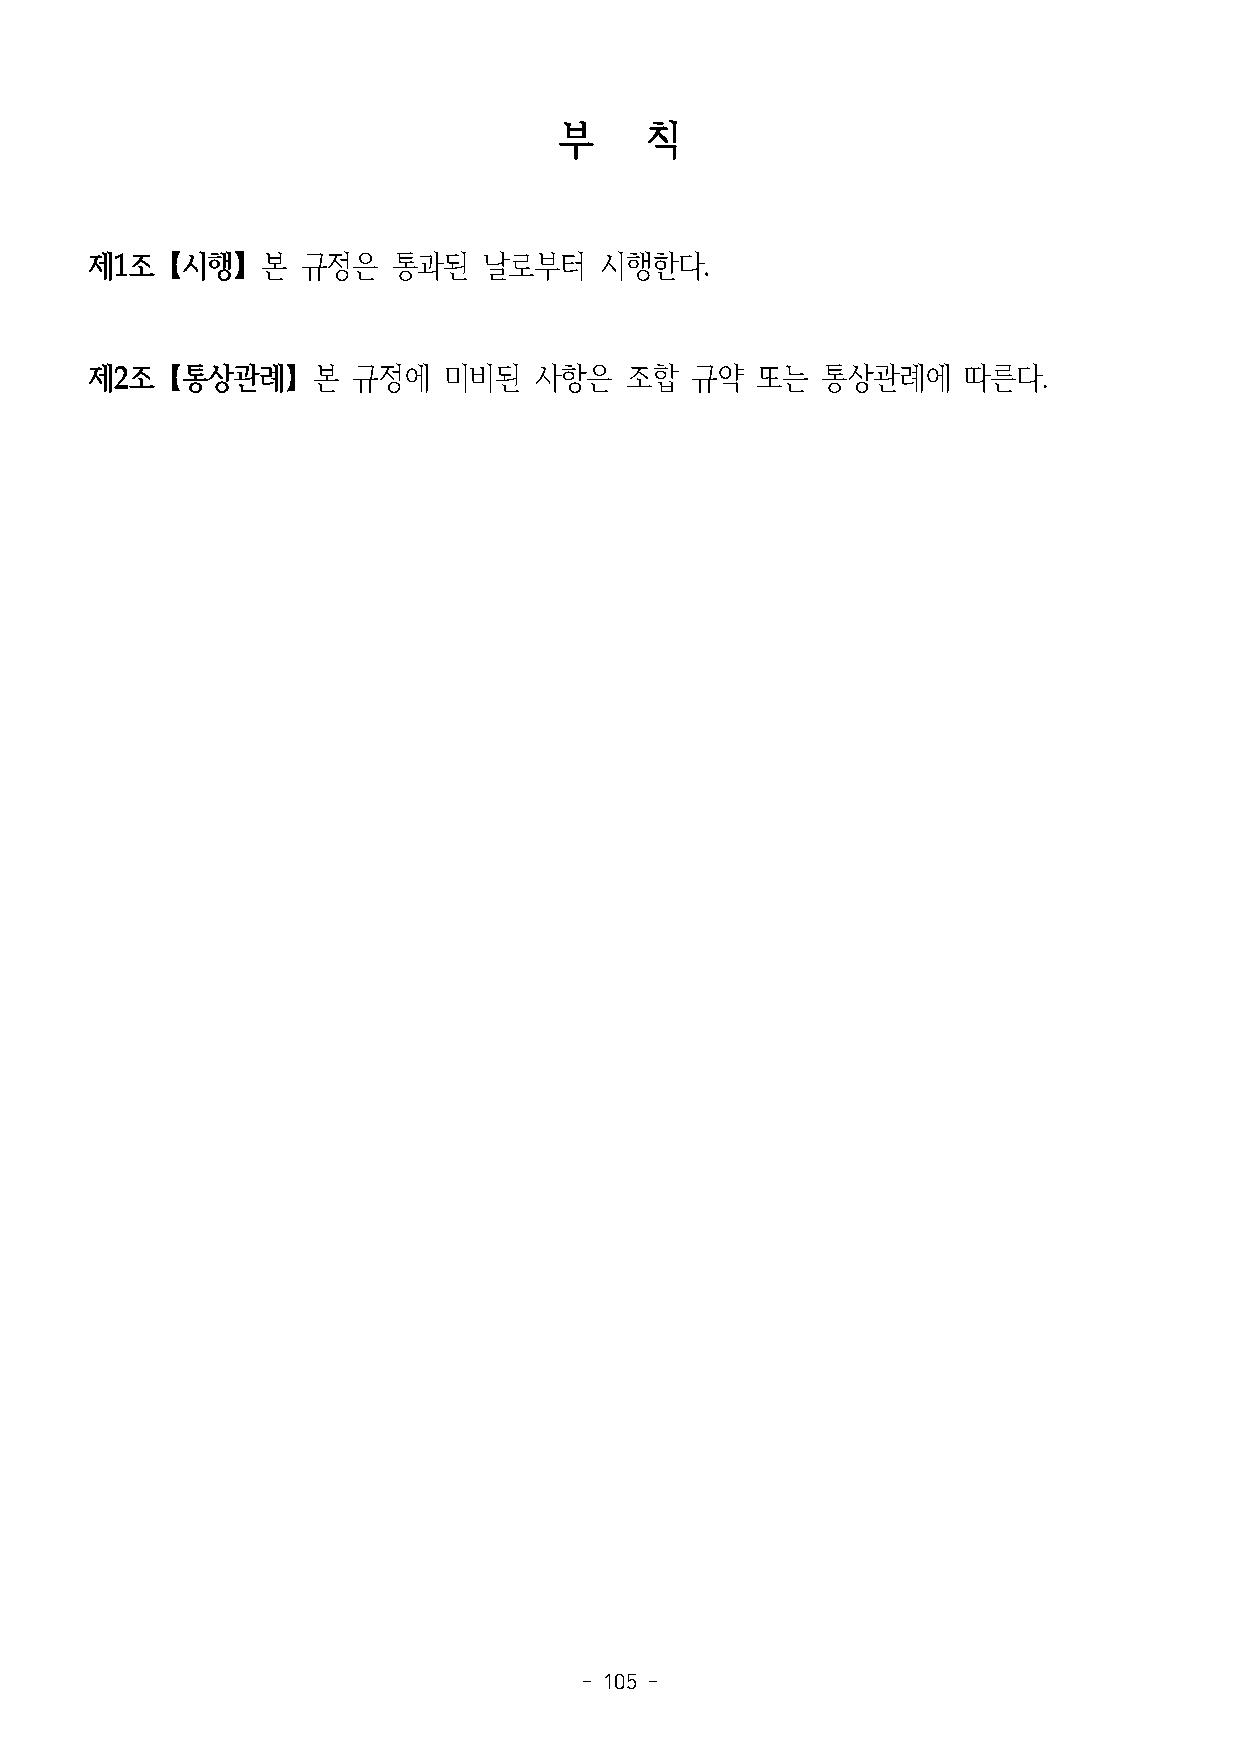
부     칙
 제1조【시행】본      규정은   통과된   날로부터    시행한다.
 제2조【통상관례】본       규정에   미비된   사항은   조합   규약  또는  통상관례에     따른다.
 - 105 -